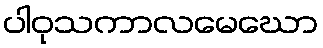
ပါဝုသကာလမေဃော